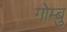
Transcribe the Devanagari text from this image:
गोम्बु